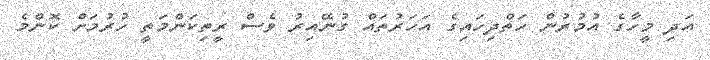
އަދި މީހާގެ އުމުރުން ހަތްދިހައިގެ އަހަރުތައް ގުނޭއިރު ވެސް ރީތިކަންމަތީ ހުރުމަށް ކޮންމެ